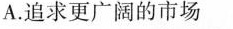
A. 追求更广阔的市场